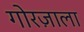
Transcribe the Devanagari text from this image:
गोरज़ाला